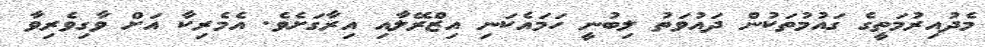
މެދުއިރުމަތީގެ ގައުމުތަކުން ދައުވަތު ލިބުނީ ހަމައެކަނި އިޒްރޭލާއި އިރާގަށެވެ. އެމެރިކާ އަށް ވާގިވެރިވާ